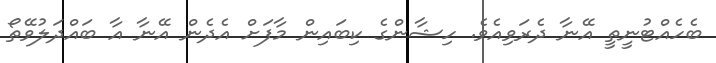
ބެހެއްޓުނީތީ އޭނާ ދެރަވިއެވެ. ހިޝާންގެ ކިބައިން މާފަށް އެދެން އޭނާ އާ ބައްދަލުވޭތޯ